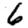
Digit: 6